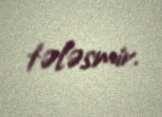
tələsmir.